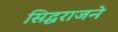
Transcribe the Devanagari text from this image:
सिद्धराजने